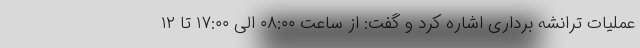
عملیات ترانشه برداری اشاره کرد و گفت: از ساعت ۰۸:۰۰ الی ۱۷:۰۰ تا ۱۲